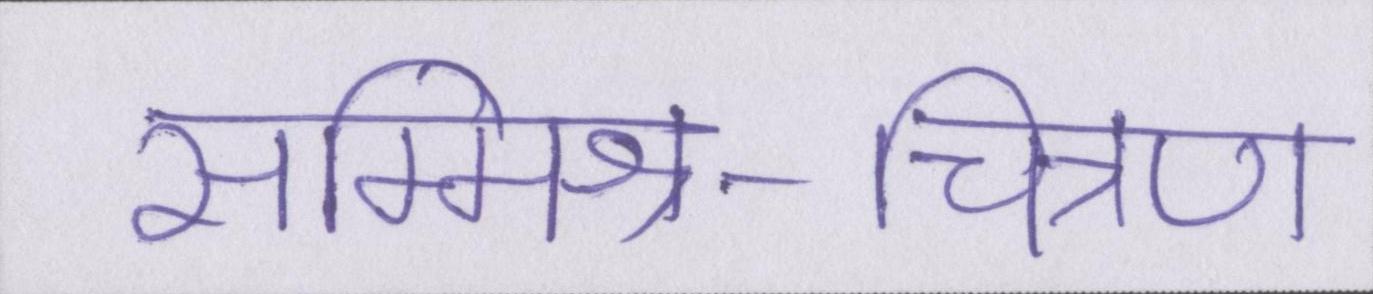
सम्मिश्र-चित्रण